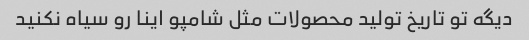
دیگه تو تاریخ تولید محصولات مثل شامپو اینا رو سیاه نکنید